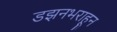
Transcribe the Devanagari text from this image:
डझनभराहून